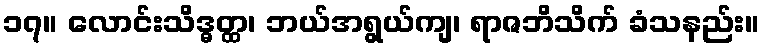
၁၇။ လောင်းသိဒ္ဓတ္ထ၊ ဘယ်အရွယ်ကျ၊ ရာဇဘိသိက် ခံသနည်း။